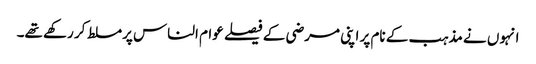
انہوں نے مذہب کے نام پر اپنی مرضی کے فیصلے عوام الناس پرمسلط کر رکھے تھے۔